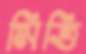
মিত্তি